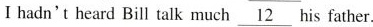
I hadn't heard Bill talk much \underline{12} his father.